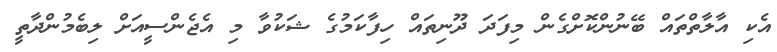
އެކި އާލާތްތައް ބޭނުންކޮށްގެން މިފަދަ ދޫނިތައް ހިފާކަމުގެ ޝަކުވާ މި އެޖެންސީއަށް ލިބެމުންދާތީ